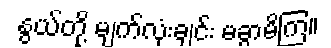
နွယ်တို့ မျက်လုံးချင်း မခွာမိကြ။